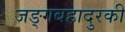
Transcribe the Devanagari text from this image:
जङ्गबहादुरकी